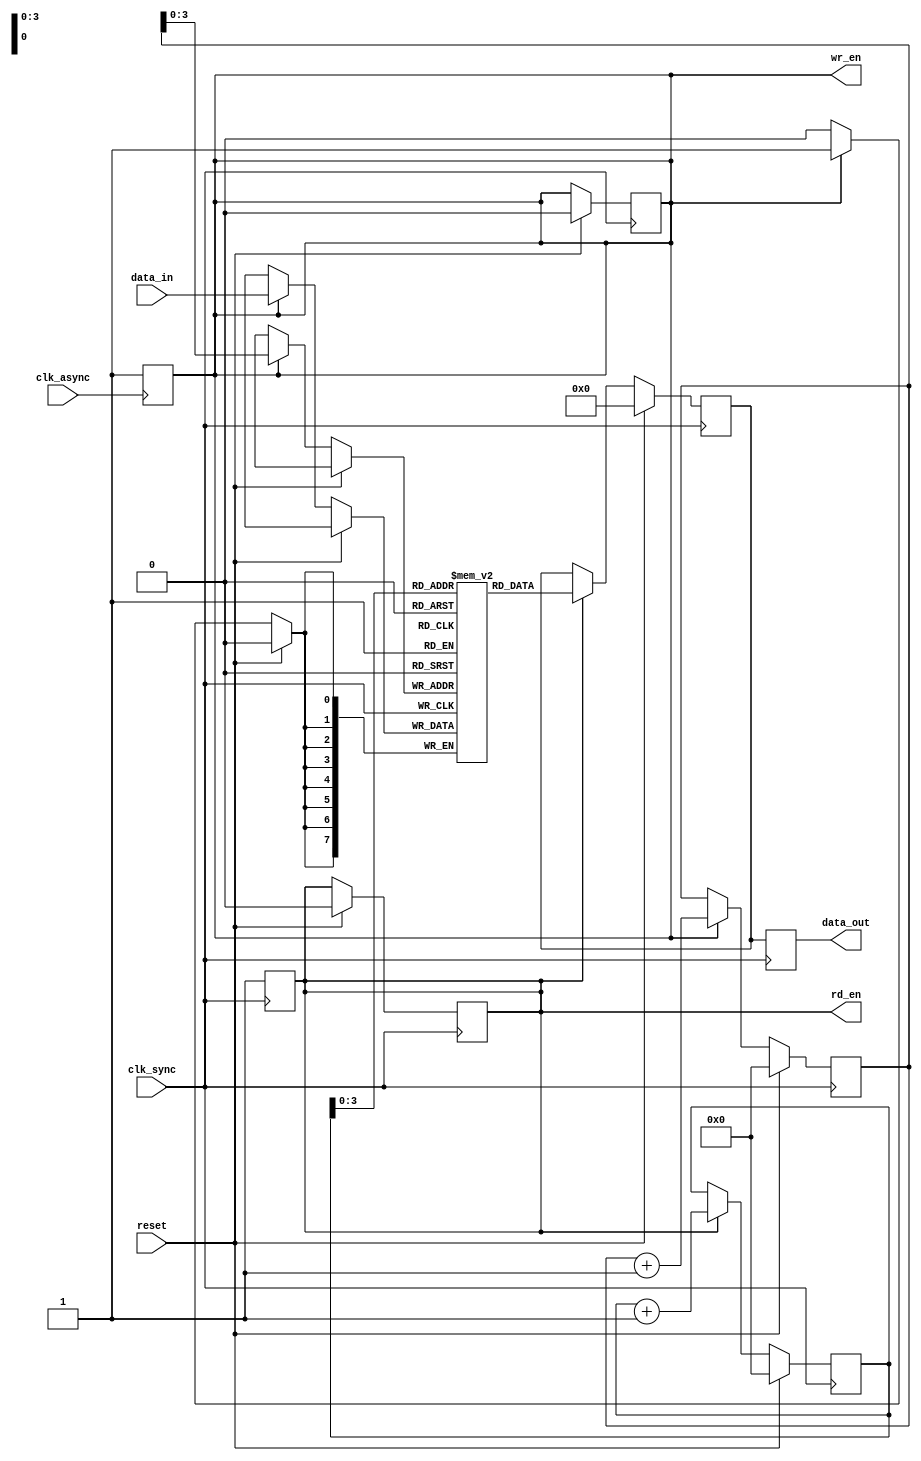
module asynchronous_fifo_synchronizer (
    input wire clk_async, // Asynchronous clock
    input wire clk_sync, // Synchronized clock
    input wire reset, // Reset signal
    
    // Data signals
    input wire [DATA_WIDTH-1:0] data_in, // Data input
    output reg [DATA_WIDTH-1:0] data_out, // Data output
    
    // Control signals
    output reg wr_en, // Write enable signal
    output reg rd_en // Read enable signal
);

// Parameters
parameter DATA_WIDTH = 8; // Data bus width
parameter FIFO_DEPTH = 16; // FIFO depth

// FIFO memory
reg [DATA_WIDTH-1:0] fifo [0:FIFO_DEPTH-1];

// Read pointer
reg [31:0] read_addr;
reg [DATA_WIDTH-1:0] read_data;
always @(posedge clk_sync) begin
    if (reset) begin
        read_addr <= 0;
        read_data <= 0;
        rd_en <= 0;
    end else begin
        if (rd_en) begin
            read_addr <= read_addr + 1;
            read_data <= fifo[read_addr];
        end
    end
end

// Write pointer
reg [31:0] write_addr;
always @(posedge clk_sync) begin
    if (reset) begin
        write_addr <= 0;
        wr_en <= 0;
    end else begin
        if (wr_en) begin
            fifo[write_addr] <= data_in;
            write_addr <= write_addr + 1;
        end
    end
end

// Connect asynchronous and synchronous clocks
always @(posedge clk_async) begin
    wr_en <= 1;
end

always @(posedge clk_sync) begin
    rd_en <= 1;
    data_out <= read_data;
end

endmodule